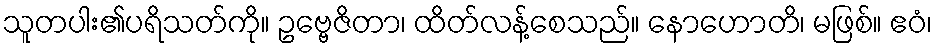
သူတပါး၏ပရိသတ်ကို။ ဥဗ္ဗေဇိတာ၊ ထိတ်လန့်စေသည်။ နောဟောတိ၊ မဖြစ်။ ဧဝံ၊